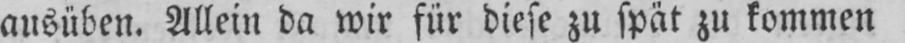
ausüben. Allein da wir für diese zu spät zu kommen